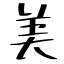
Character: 美